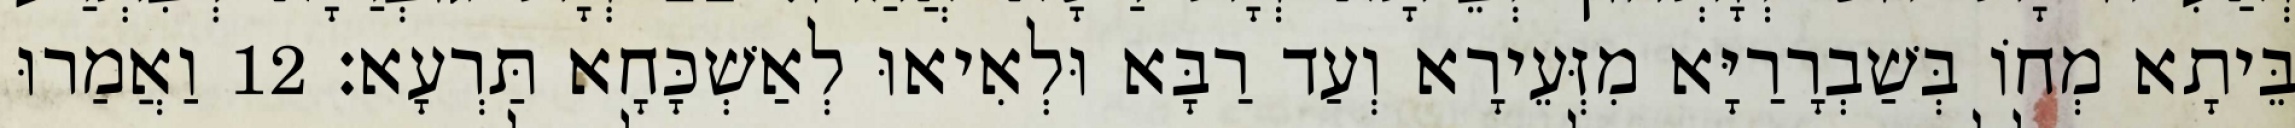
בֵּיתָא מְחוֹ בְּשַׁבְרָרַיָּא מִזְּעֵירָא וְעַד רַבָּא וּלְאִיאוּ לְאַשְׁכָּחָא תַּרְעָא׃ 12 וַאֲמַרוּ